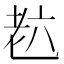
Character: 𦒹